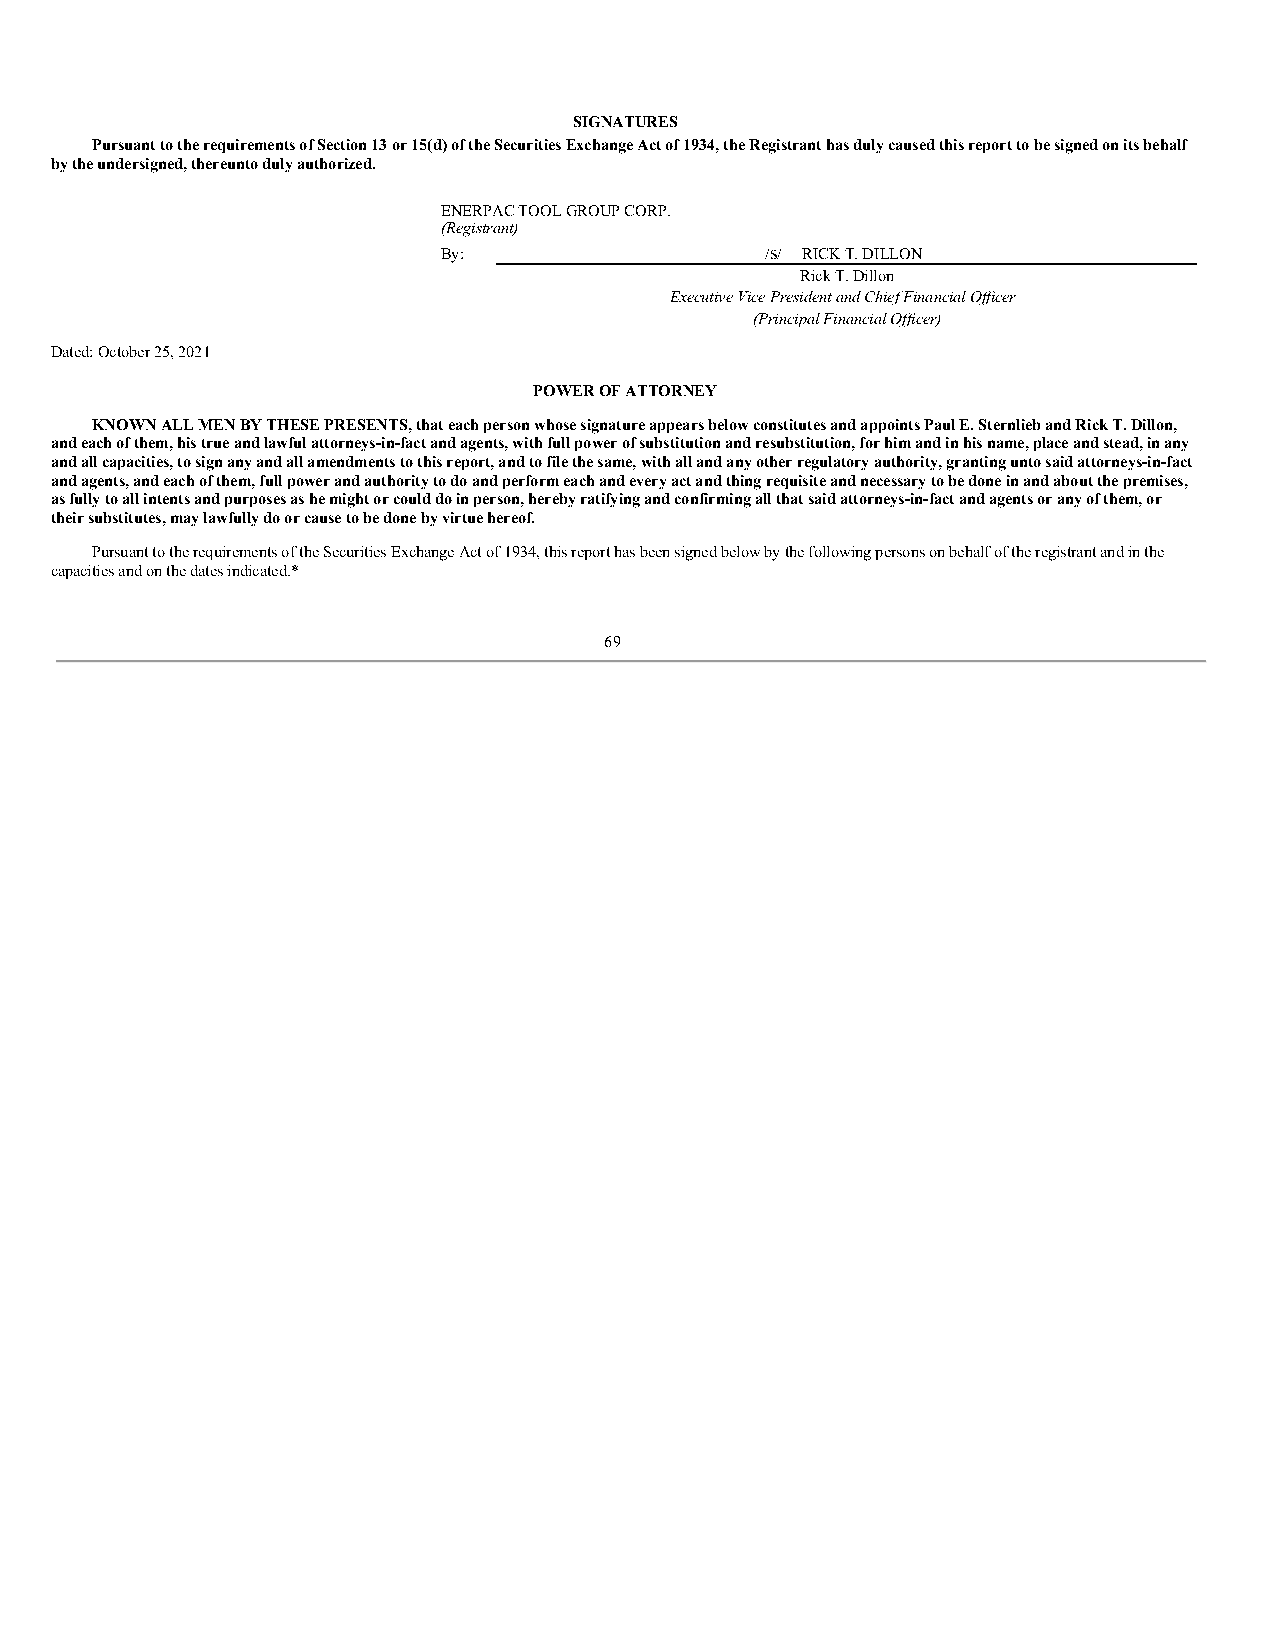
SIGNATURES
 Pursuant to the requirements of Section 13 or 15(d) of the Securities Exchange Act of 1934, the Registrant has duly caused this report to be signed on its behalf
 by the undersigned, thereunto duly authorized.
 ENERPAC TOOL GROUP CORP.
 (Registrant)
 By:                   /S/ RICK T. DILLON
 Rick T. Dillon
 Executive Vice President and Chief Financial Officer
 (Principal Financial Officer)
 Dated: October 25, 2021
 POWER OF ATTORNEY
 KNOWN ALL MEN BY THESE PRESENTS, that each person whose signature appears below constitutes and appoints Paul E. Sternlieb and Rick T. Dillon,
 and each of them, his true and lawful attorneys-in-fact and agents, with full power of substitution and resubstitution, for him and in his name, place and stead, in any
 and all capacities, to sign any and all amendments to this report, and to file the same, with all and any other regulatory authority, granting unto said attorneys-in-fact
 and agents, and each of them, full power and authority to do and perform each and every act and thing requisite and necessary to be done in and about the premises,
 as fully to all intents and purposes as he might or could do in person, hereby ratifying and confirming all that said attorneys-in-fact and agents or any of them, or
 their substitutes, may lawfully do or cause to be done by virtue hereof.
 Pursuant to the requirements of the Securities Exchange Act of 1934, this report has been signed below by the following persons on behalf of the registrant and in the
 capacities and on the dates indicated.*
 69